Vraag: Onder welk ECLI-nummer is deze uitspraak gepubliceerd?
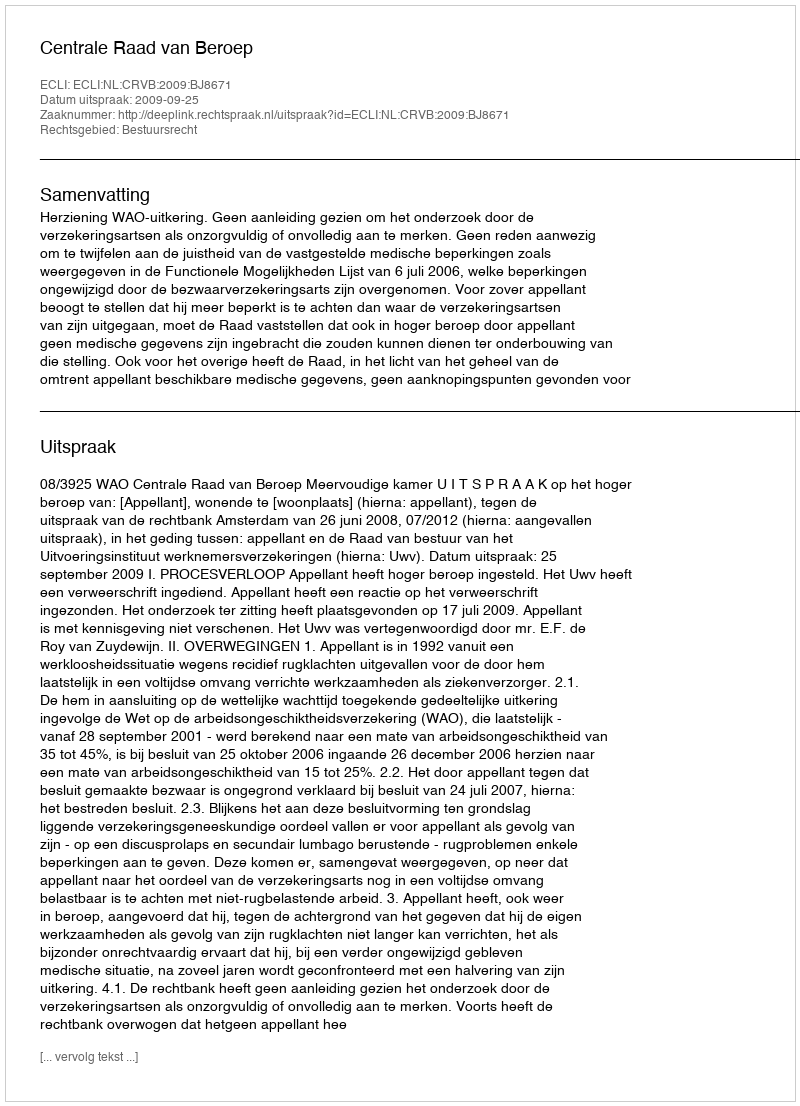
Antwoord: ECLI:NL:CRVB:2009:BJ8671